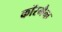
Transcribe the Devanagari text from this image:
कॉरमैक